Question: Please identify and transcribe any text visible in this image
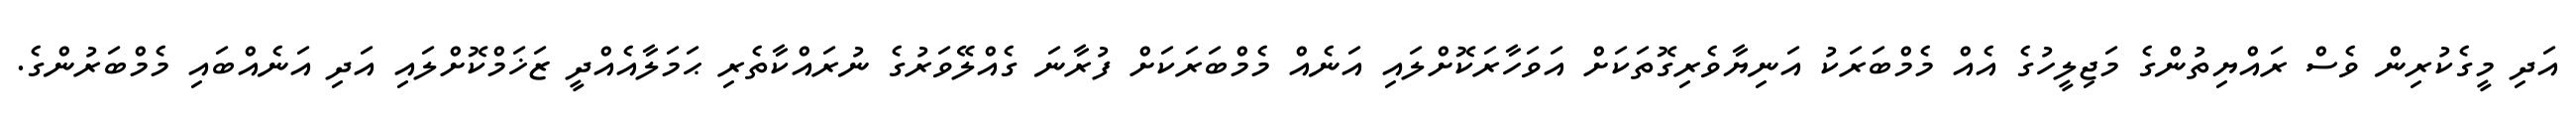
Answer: އަދި މީގެކުރިން ވެސް ރައްޔިތުންގެ މަޖިލީހުގެ އެއް މެމްބަރަކު އަނިޔާވެރިގޮތަކަށް އަވަހާރަކޮށްލައި އަނެއް މެމްބަރަކަށް ފުރާނަ ގެއްލޭވަރުގެ ނުރައްކާތެރި ޙަމަލާއެއްދީ ޒަޚަމްކޮށްލައި އަދި އަނެއްބައި މެމްބަރުންގެ.